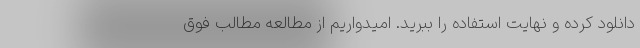
دانلود کرده و نهایت استفاده را ببرید. امیدواریم از مطالعه مطالب فوق